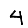
Digit: 4